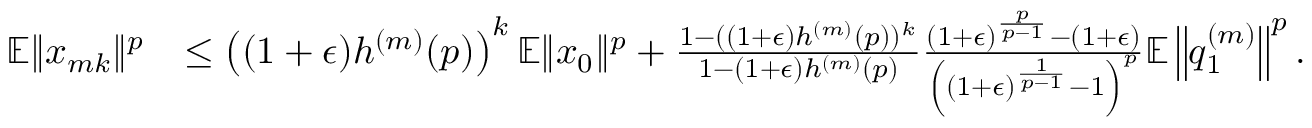
\begin{array} { r l } { \mathbb { E } \Vert x _ { m k } \Vert ^ { p } } & { \leq \left( ( 1 + \epsilon ) h ^ { ( m ) } ( p ) \right) ^ { k } \mathbb { E } \Vert x _ { 0 } \Vert ^ { p } + \frac { 1 - ( ( 1 + \epsilon ) h ^ { ( m ) } ( p ) ) ^ { k } } { 1 - ( 1 + \epsilon ) h ^ { ( m ) } ( p ) } \frac { ( 1 + \epsilon ) ^ { \frac { p } { p - 1 } } - ( 1 + \epsilon ) } { \left( ( 1 + \epsilon ) ^ { \frac { 1 } { p - 1 } } - 1 \right) ^ { p } } \mathbb { E } \left\Vert q _ { 1 } ^ { ( m ) } \right\Vert ^ { p } . } \end{array}